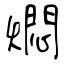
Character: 燜